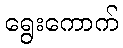
ရွေးကောက်